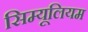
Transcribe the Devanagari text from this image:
सिम्यूलियम